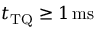
t _ { \mathrm { T Q } } \geq 1 \ensuremath { \, \mathrm { m s } }